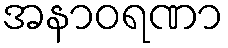
အနာဝရဏာ